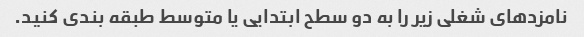
نامزدهای شغلی زیر را به دو سطح ابتدایی یا متوسط طبقه بندی کنید.